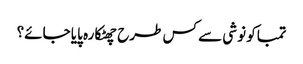
تمباکو نوشی سے کس طرح چھٹکارہ پایا جائے؟